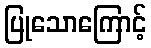
ပြုသောကြောင့်